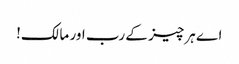
اے ہرچیز کے رب اور مالک!